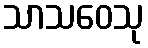
သာသဝေသု